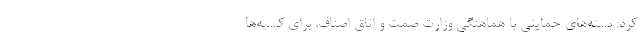
کرد: بسته‌های حمایتی با هماهنگی وزارت صمت و اتاق اصناف، برای کسبه‌ها